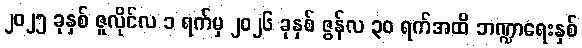
၂၀၂၅ ခုနှစ် ဇူလိုင်လ ၁ ရက်မှ ၂၀၂၆ ခုနှစ် ဇွန်လ ၃၀ ရက်အထိ ဘဏ္ဍာရေးနှစ်